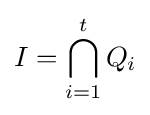
I=\bigcap _{i=1}^{t}Q_{i}